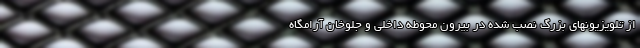
از تلویزیونهای بزرگ نصب شده در بیرون محوطه داخلی و جلوخان آرامگاه